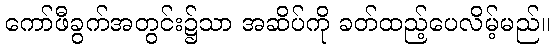
ကော်ဖီခွက်အတွင်း၌သာ အဆိပ်ကို ခတ်ထည့်ပေလိမ့်မည်။